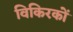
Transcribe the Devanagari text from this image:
विकिरकों